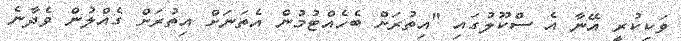
ވަކިކުރީ އޭނާ އެ ސްކޫލުގައި "އިތުރަށް ބެހެއްޓުމުން އެތަނަށް އިތުރަށް ގެއްލުން ވެދާނެ